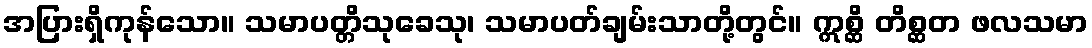
အပြားရှိကုန်သော။ သမာပတ္တိသုခေသု၊ သမာပတ်ချမ်းသာတို့တွင်။ ဣစ္ဆိ တိစ္ဆတ ဖလသမာ